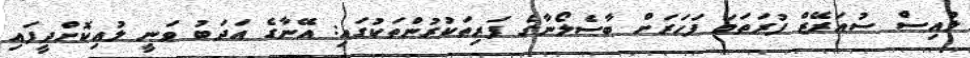
ލުއިސް ސުއަރޭޒް ފުރަތަމަ ފަހަރަށް ބާސެލޯނާގެ ފަރިތަކުރުންތަކުގައި: އޭނާގެ އަދަބު ވަނީ ލުއިކޮށްދީފައި